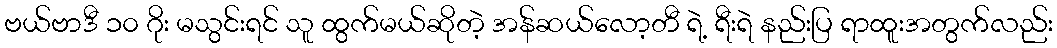
ဗယ်ဗာဒီ ၁၀ ဂိုး မသွင်းရင် သူ ထွက်မယ်ဆိုတဲ့ အန်ဆယ်လော့တီ ရဲ့ ရီးရဲ နည်းပြ ရာထူးအတွက်လည်း